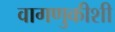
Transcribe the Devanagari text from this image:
वागणुकीशी